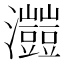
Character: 𤅐